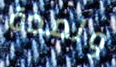
ولمدة